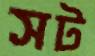
সট